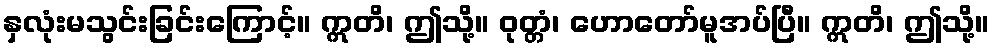
နှလုံးမသွင်းခြင်းကြောင့်။ ဣတိ၊ ဤသို့။ ဝုတ္တံ၊ ဟောတော်မူအပ်ပြီ။ ဣတိ၊ ဤသို့။